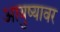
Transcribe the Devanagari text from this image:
आयुष्‍यावर